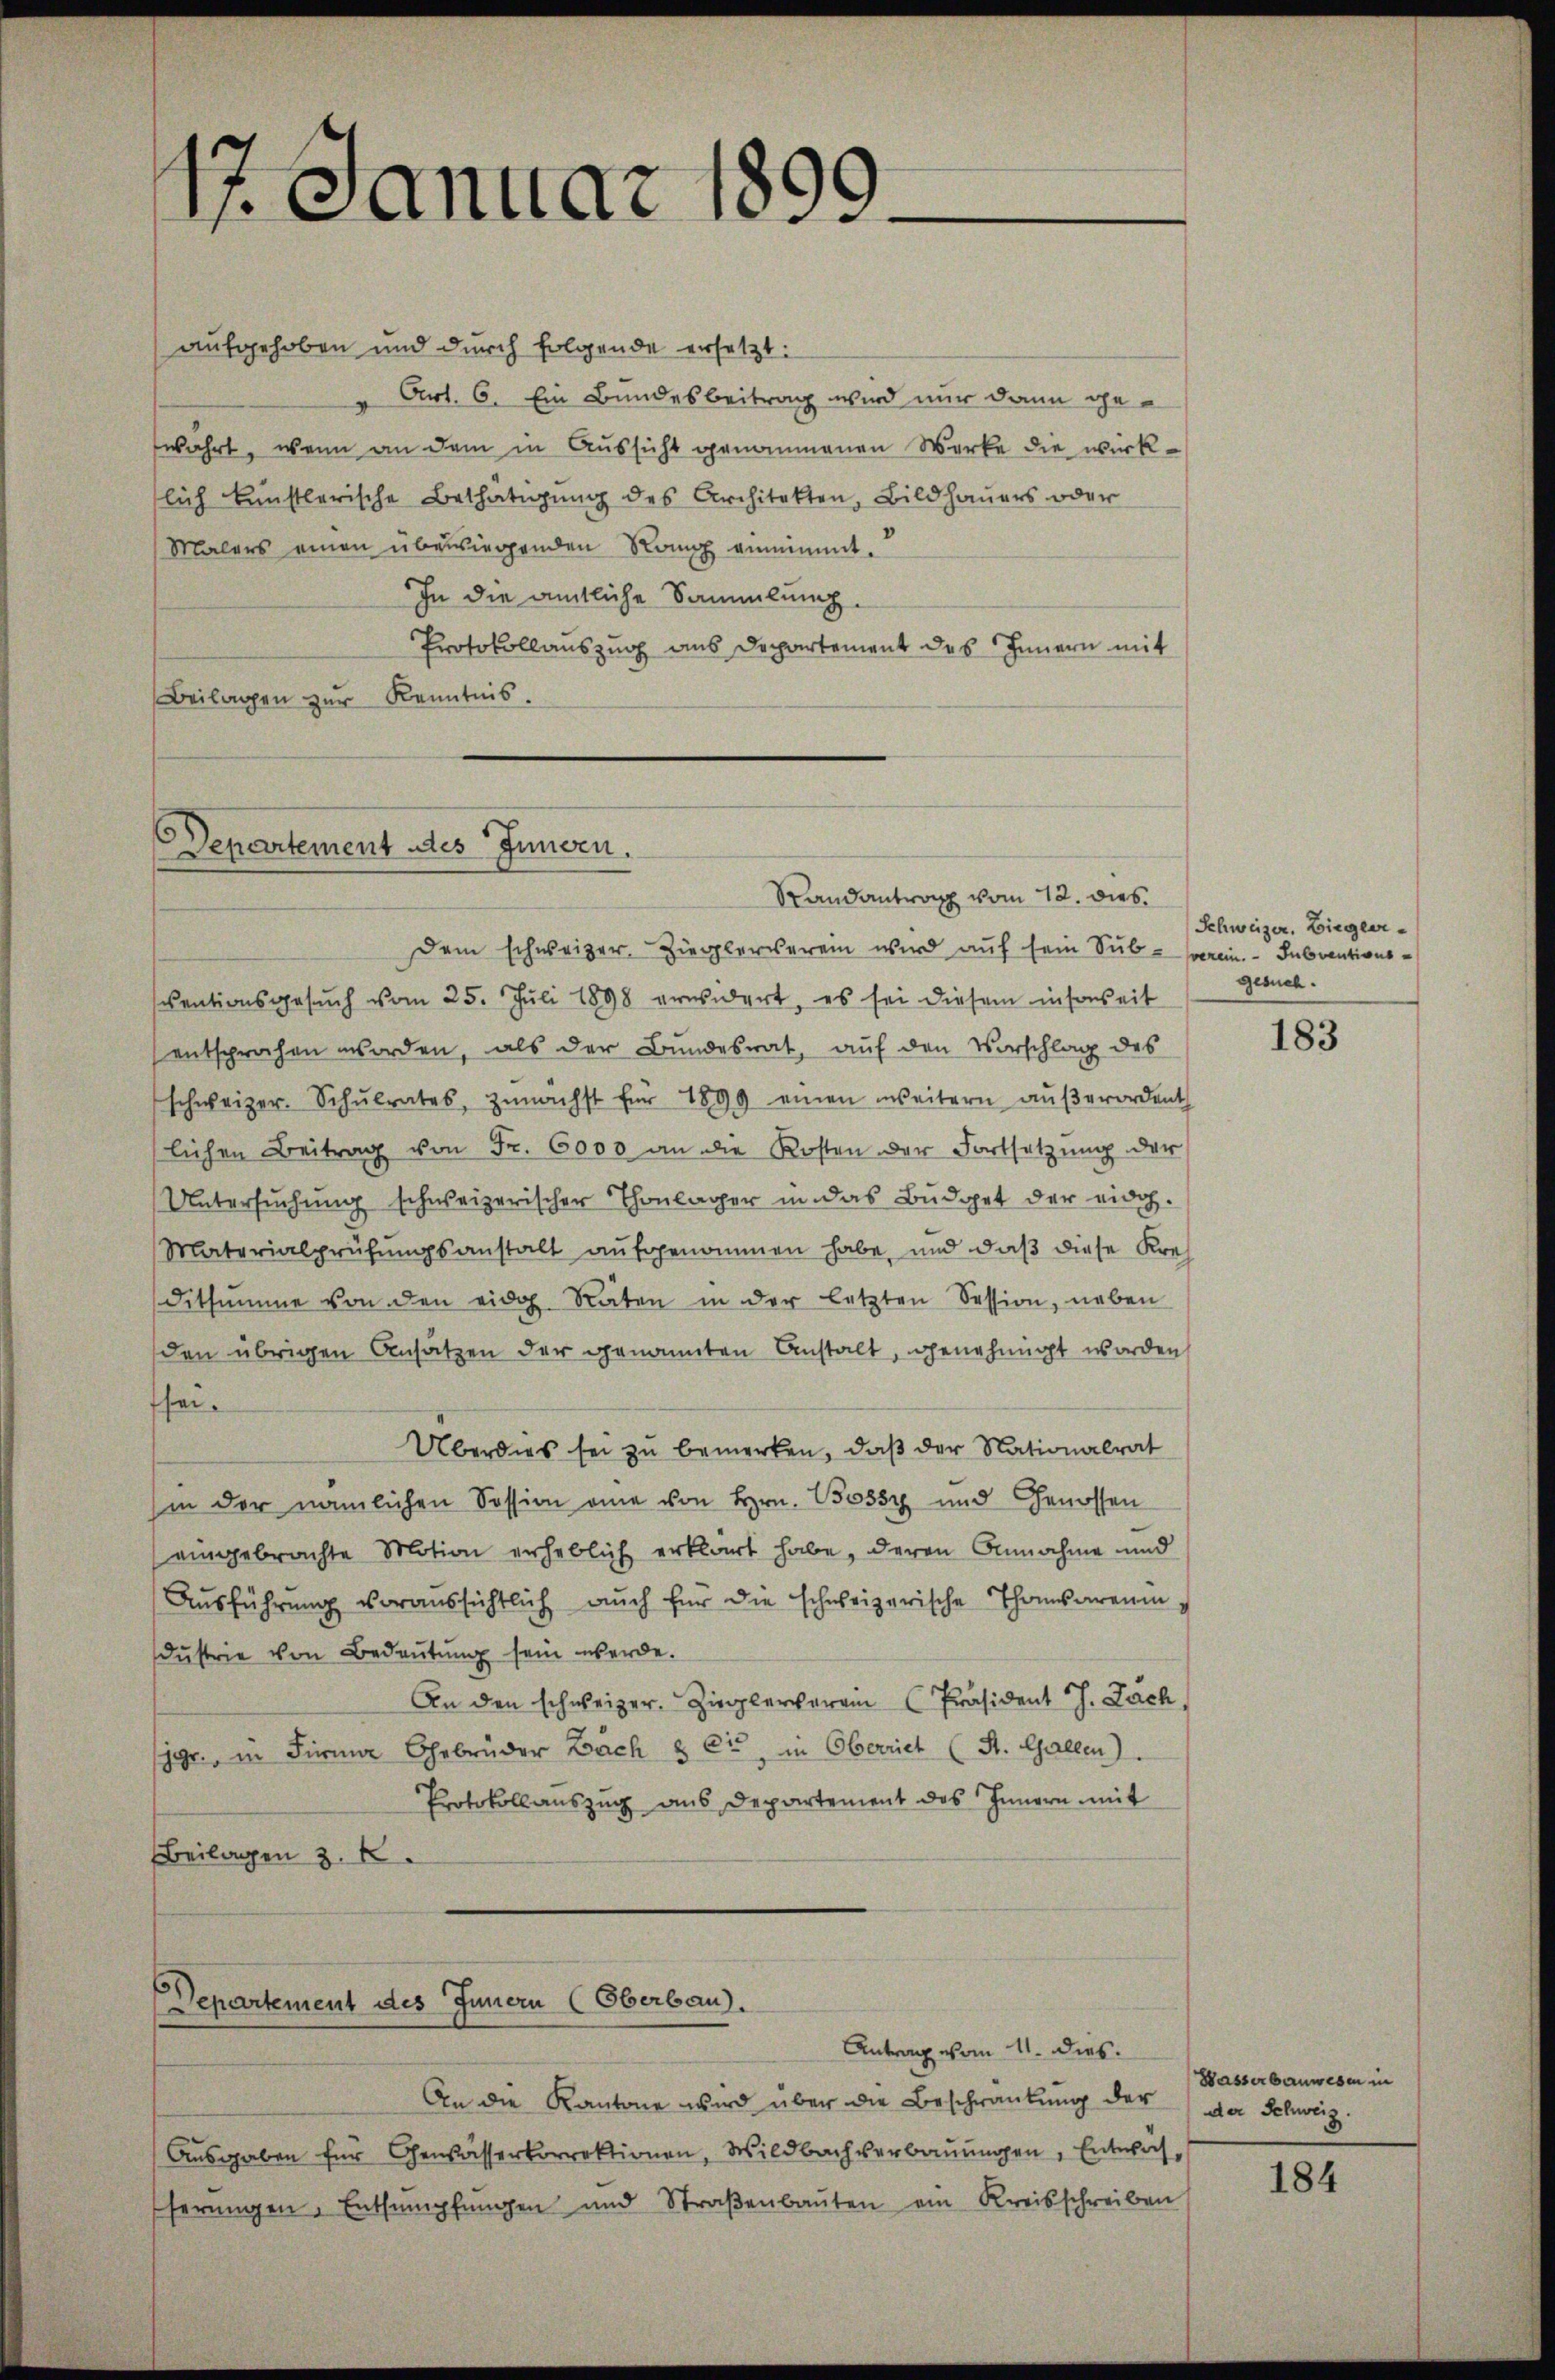
1 Januar 1899

aufgehoben und durch folgende ersetzt:
" Art. 6. Ein Bundesbeitrag wird nur dann gewahrt, wenn an dem in Aussicht genommenen Werke die wirk-
lich künstlerische Bethätigung des Architekten, Bildhauers oder
Malers einen übersiegenden Rang genimmt.
In die amtliche Sammlung.
Protokollauszug aus Departement des Innern mit
Beilagen zur Kenntnis.

Departement des Innern.

Randantrag vom 12. dies
Dem schweizer-Zieglerverein wird auf sein Sub- Verein Subventionsventionsgesŭch vom 25. Juli 1898 erwidert, es sei diesem insonseit
entsprochen worden, als der Bundesrat, auf den Vorschlag des
schweizer. Schŭlrates, zŭnächst für 1899 einen weitern aŭβerordent
lichen Beitrag von Fr. 6000 an die Kosten der Fortsetzŭng der
Untersuchung schweizerischer Thonlager in das Büdget der eid.
Materialprüfungsanstalt aufgenommen habe, und daß diese Kreditsumme von den eidg. Räten in der letzten Session, neben
den übrigen Ansätzen der genannten Anstalt, genehmigt worden
sei¬
Überdies sei zu bemerken, daß der Nationalrat
hin der nämlichen Session eine von Hrn. Bossi und Genossen
eingebrachte Motion erheblich erklärt habe, deren Annahme und
Ausführung voraussichtlich auch für die schweizerische Thomsarenindŭstrie von Bedeutung sein werde.
An den schweizer. Zieglerverein Präsident J. Zach
jgr., in Firma Gebrüder Bach & Cie in Oberriet (St. Gallen)
Protokollauszug aus Departement des Innern mit
Beilagen z. B.

Departement des Innern (Oberbau).

Antrag vom 11. dies

An die Kantone wird über die Beschränkung der der Schweiz.
Ausgaben für Gewässerkorrektionen, Wildbachverbauungen, Entwähferungen, Entsumpfungen und Straβenbauten ein Kreisschreiben

Schweizer. Ziegler-
gesuch.

183

Wasserbauwesen in

184